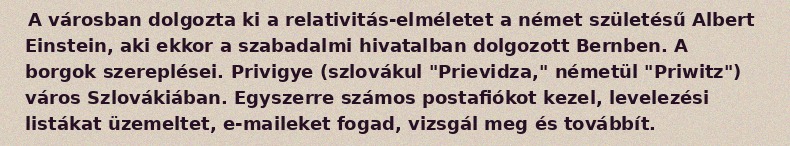
A városban dolgozta ki a relativitás-elméletet a német születésű Albert Einstein, aki ekkor a szabadalmi hivatalban dolgozott Bernben. A borgok szereplései. Privigye (szlovákul "Prievidza," németül "Priwitz") város Szlovákiában. Egyszerre számos postafiókot kezel, levelezési listákat üzemeltet, e-maileket fogad, vizsgál meg és továbbít.